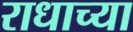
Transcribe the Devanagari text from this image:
राधाच्या